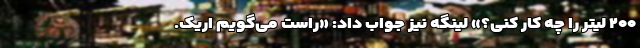
۲۰۰ لیتر را چه‌ کار کنی؟» لینگه نیز جواب داد: «راست می‌گویم اریک.